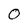
Character: O